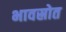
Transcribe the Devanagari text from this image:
भावस्रोत